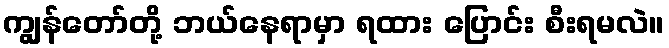
ကျွန်တော်တို့ ဘယ်နေရာမှာ ရထား ပြောင်း စီးရမလဲ။